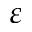
\varepsilon